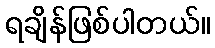
ရချိန်ဖြစ်ပါတယ်။